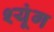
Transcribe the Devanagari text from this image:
श्यूंग